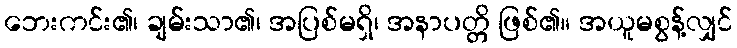
ဘေးကင်း၏၊ ချမ်းသာ၏၊ အပြစ်မရှိ၊ အနာပတ္တိ ဖြစ်၏။ အယူမစွန့်လျှင်